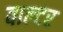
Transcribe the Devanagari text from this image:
वाल्‍टर